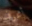
أعرف